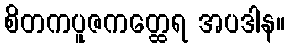
စိတကပူဇကတ္ထေရ အပဒါန။